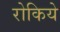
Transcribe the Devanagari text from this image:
रोकिये